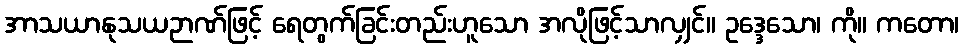
အာသယာနုသယဉာဏ်ဖြင့် ရေတွက်ခြင်းတည်းဟူသော အလိုဖြင့်သာလျှင်။ ဥဒ္ဒေသော၊ ကို။ ကတော၊